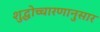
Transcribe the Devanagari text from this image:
शुद्धोच्चारणानुसार